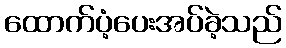
ထောက်ပံ့ပေးအပ်ခဲ့သည်